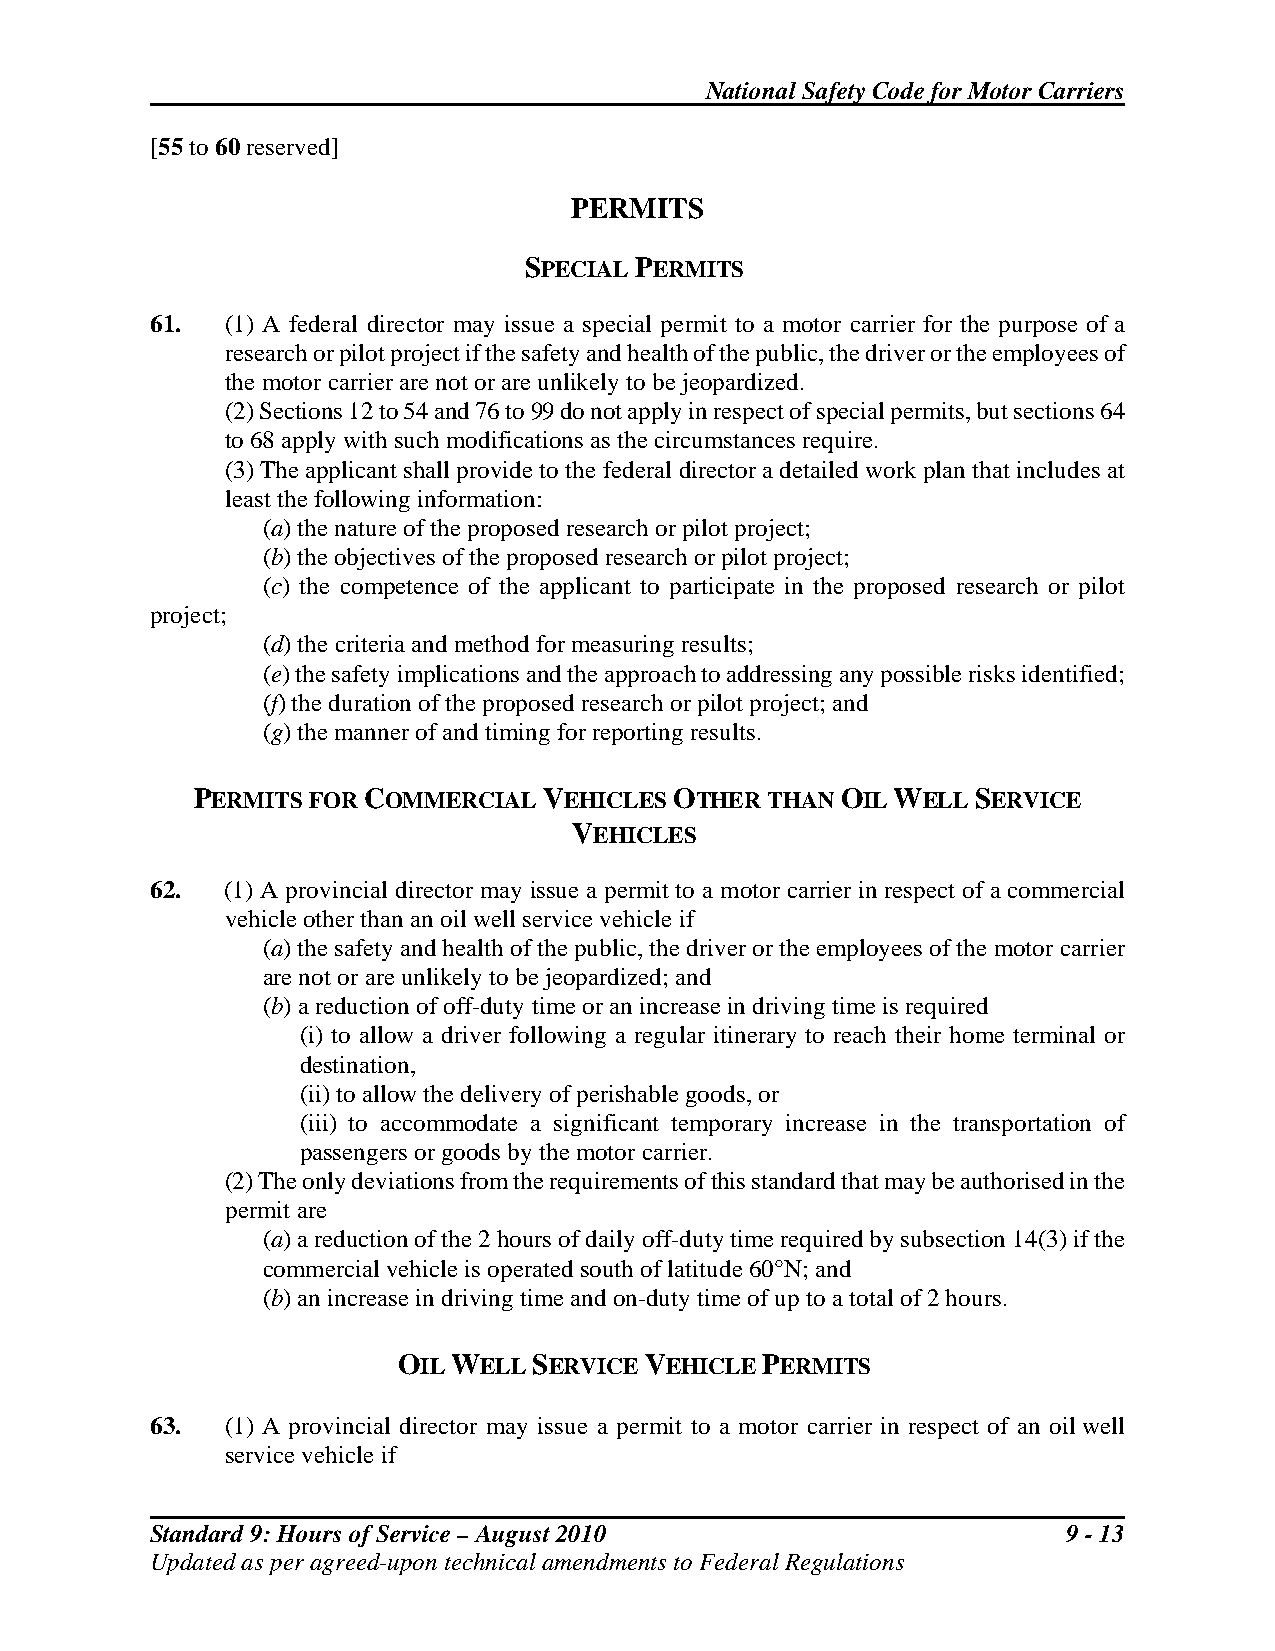
National Safety Code for Motor Carriers
 [55 to 60 reserved]
 PERMITS
 SPECIAL PERMITS
 61.  (1) A federal director may issue a special permit to a motor carrier for the purpose of a
 research or pilot project if the safety and health of the public, the driver or the employees of
 the motor carrier are not or are unlikely to be jeopardized.
 (2) Sections 12 to 54 and 76 to 99 do not apply in respect of special permits, but sections 64
 to 68 apply with such modifications as the circumstances require.
 (3) The applicant shall provide to the federal director a detailed work plan that includes at
 least the following information:
 (a) the nature of the proposed research or pilot project;
 (b) the objectives of the proposed research or pilot project;
 (c) the competence of the applicant to participate in the proposed research or pilot
 project;
 (d) the criteria and method for measuring results;
 (e) the safety implications and the approach to addressing any possible risks identified;
 (f) the duration of the proposed research or pilot project; and
 (g) the manner of and timing for reporting results.
 PERMITS FOR COMMERCIAL VEHICLES OTHER THAN OIL WELL SERVICE
 VEHICLES
 62.  (1) A provincial director may issue a permit to a motor carrier in respect of a commercial
 vehicle other than an oil well service vehicle if
 (a) the safety and health of the public, the driver or the employees of the motor carrier
 are not or are unlikely to be jeopardized; and
 (b) a reduction of off-duty time or an increase in driving time is required
 (i) to allow a driver following a regular itinerary to reach their home terminal or
 destination,
 (ii) to allow the delivery of perishable goods, or
 (iii) to accommodate a significant temporary increase in the transportation of
 passengers or goods by the motor carrier.
 (2) The only deviations from the requirements of this standard that may be authorised in the
 permit are
 (a) a reduction of the 2 hours of daily off-duty time required by subsection 14(3) if the
 commercial vehicle is operated south of latitude 60°N; and
 (b) an increase in driving time and on-duty time of up to a total of 2 hours.
 OIL WELL SERVICE VEHICLE PERMITS
 63.  (1) A provincial director may issue a permit to a motor carrier in respect of an oil well
 service vehicle if
 Standard 9: Hours of Service – August 2010                   9 - 13
 Updated as per agreed-upon technical amendments to Federal Regulations